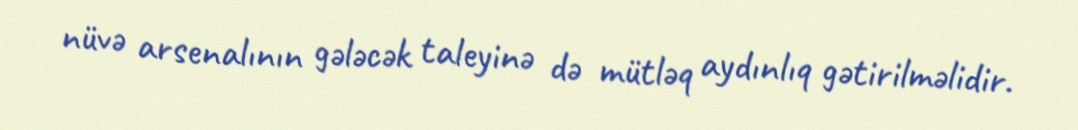
nüvə arsenalının gələcək taleyinə də mütləq aydınlıq gətirilməlidir.